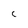
Character: C